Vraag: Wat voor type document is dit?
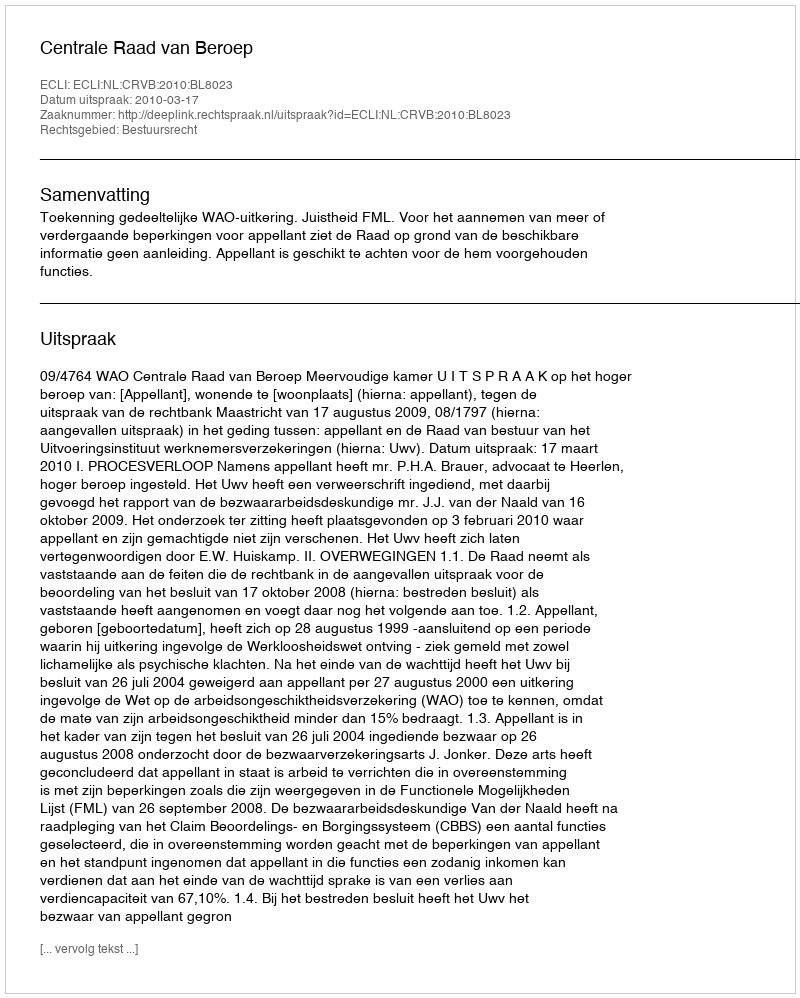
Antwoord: Uitspraak